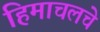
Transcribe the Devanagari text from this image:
हिमाचलचे